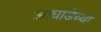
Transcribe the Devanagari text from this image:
आघाडेच्या